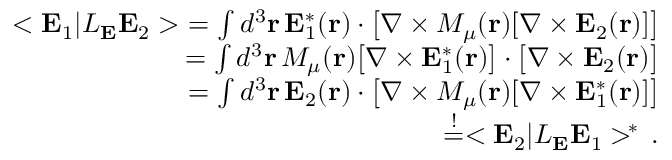
\begin{array} { r l r } & { } & { < { \bf E } _ { 1 } | { \cal L } _ { { \bf E } } { \bf E } _ { 2 } > \, \, = \int d ^ { 3 } { \bf r } \, { \bf E } _ { 1 } ^ { * } ( { \bf r } ) \cdot \big [ \nabla \times M _ { \mu } ( { \bf r } ) [ \nabla \times { \bf E } _ { 2 } ( { \bf r } ) ] \big ] } \\ & { } & { \quad = \int d ^ { 3 } { \bf r } \, M _ { \mu } ( { \bf r } ) \big [ \nabla \times { \bf E } _ { 1 } ^ { * } ( { \bf r } ) \big ] \cdot \big [ \nabla \times { \bf E } _ { 2 } ( { \bf r } ) \big ] } \\ & { } & { \quad = \int d ^ { 3 } { \bf r } \, { \bf E } _ { 2 } ( { \bf r } ) \cdot \big [ \nabla \times M _ { \mu } ( { \bf r } ) [ \nabla \times { \bf E } _ { 1 } ^ { * } ( { \bf r } ) ] \big ] } \\ & { } & { \quad \stackrel { ! } { = } < { \bf E } _ { 2 } | { \cal L } _ { { \bf E } } { \bf E } _ { 1 } > ^ { \! * } \, . } \end{array}